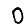
Digit: 0